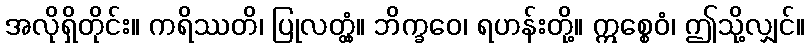
အလိုရှိတိုင်း။ ကရိဿတိ၊ ပြုလတ္တံ့။ ဘိက္ခဝေ၊ ရဟန်းတို့။ ဣစ္စေဝံ၊ ဤသို့လျှင်။